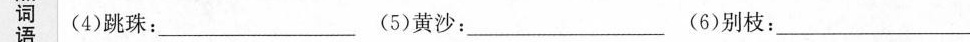
词(4)跳珠：___(5)黄沙：___(6)别枝：___